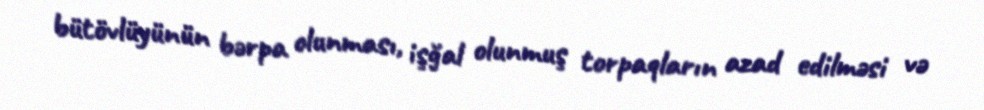
bütövlüyünün bərpa olunması, işğal olunmuş torpaqların azad edilməsi və